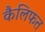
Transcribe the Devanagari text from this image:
कैलिफत